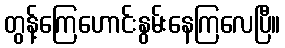
တွန့်ကြေဟောင်းနွမ်းနေကြလေပြီ။